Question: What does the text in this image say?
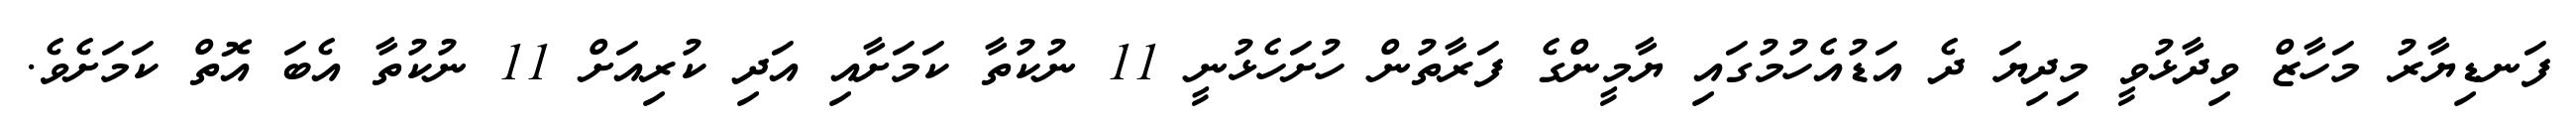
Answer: ފަނޑިޔާރު މަހާޒް ވިދާޅުވީ މިދިޔަ ދެ އަޑުއެހުމުގައި ޔާމީންގެ ފަރާތުން ހުށަހެޅުނީ 11 ނުކުތާ ކަމަށާއި އަދި ކުރިއަށް 11 ނުކުތާ އެބަ އޮތް ކަމަށެވެ.